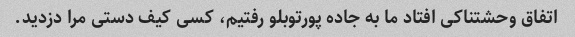
اتفاق وحشتناکی افتاد ما به جاده پورتوبلو رفتیم، کسی کیف دستی مرا دزدید.